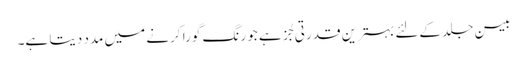
بیسن جلد کےلئے بہترین قدرتی جُز ہے جو رنگ گورا کرنے میں مدد دیتا ہے۔